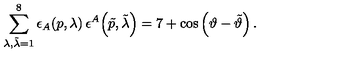
\sum _ { \lambda , \tilde { \lambda } = 1 } ^ { 8 } \epsilon _ { A } \! \left( p , \lambda \right) \epsilon ^ { A } \! \left( \tilde { p } , \tilde { \lambda } \right) = 7 + \cos \left( \vartheta - \tilde { \vartheta } \right) .